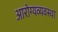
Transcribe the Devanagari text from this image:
आरोग्यव्यवस्था